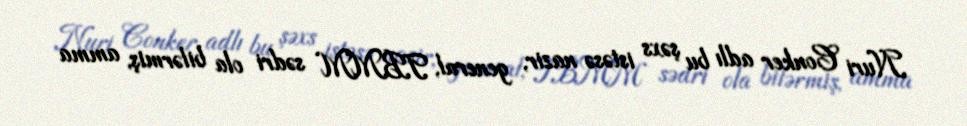
Nuri Conker adlı bu şəxs istəsə nazir, general, TBMM sədri ola bilərmiş, amma